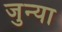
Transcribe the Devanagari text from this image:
जुन्‍या